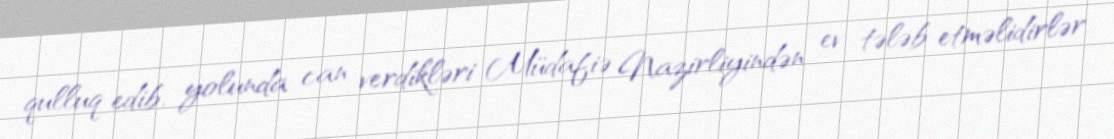
qulluq edib, yolunda can verdikləri Müdafiə Nazirliyindən ev tələb etməlidirlər.